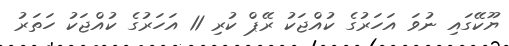
ޔޫކޭގައި ނުވަ އަހަރުގެ ކުއްޖަކު ރޭޕް ކުރި 11 އަހަރުގެ ކުއްޖަކު ހަތަރު